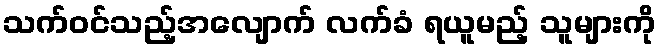
သက်ဝင်သည့်အလျောက် လက်ခံ ရယူမည့် သူများကို